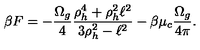
\beta F = - { \frac { \Omega _ { g } } { 4 } } { \frac { \rho _ { h } ^ { 4 } + \rho _ { h } ^ { 2 } \ell ^ { 2 } } { 3 \rho _ { h } ^ { 2 } - \ell ^ { 2 } } } - \beta \mu _ { c } { \frac { \Omega _ { g } } { 4 \pi } } .